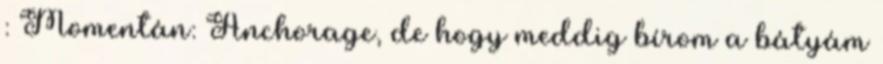
: Momentán: Anchorage, de hogy meddig bírom a bátyám